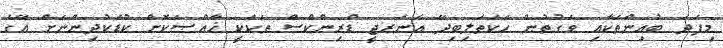
މިފަދަ ބުއިންތަކާއި ވަގުތުން ހަކަތަލިބިދޭ އެނަރޖީ ޑްރިންކްސް ތަކަކީ ޚާއްޞަކޮށް ކުޑަކުދިންނަށް އޭގެ